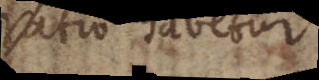
ratio habetur.